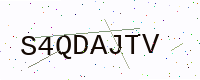
Text: S4QDAJTV